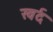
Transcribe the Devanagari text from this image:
खर्द